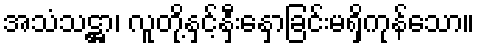
အသံသဋ္ဌာ၊ လူတို့နှင့်နှီးနှောခြင်းမရှိကုန်သော။